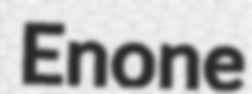
Enone